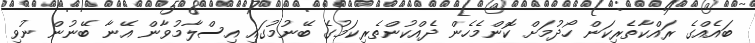
ބައެއްގެ ރައްކާތެރިކަން ހޯދުމަށް ކޮންމެހެން ދެއްކުންތެރިކަމުގެ ބޭނުމުގައި އިސްލާމުވާން އޭނާ ބޭނުން ނުވި